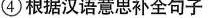
④根据汉语意思补全句子